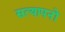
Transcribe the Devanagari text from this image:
सत्यापनों